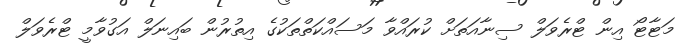
މަޓާޓޯ އިން ޓްރެވަލް ސިނާއަތަށް ކުރައްވާ މަސައްކަތްތަކުގެ އިތުރުން ބައިނަލް އަގުވާމީ ޓްރެވަލް